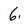
Character: 6